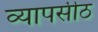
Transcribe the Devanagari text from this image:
व्यापसीठ